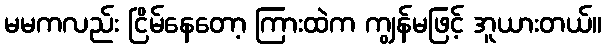
မမကလည်း ငြိမ်နေတော့ ကြားထဲက ကျွန်မဖြင့် အူယားတယ်။